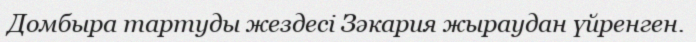
Домбыра тартуды жездесі Зәкария жыраудан үйренген.